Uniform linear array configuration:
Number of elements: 24
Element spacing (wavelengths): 1
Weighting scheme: blackman
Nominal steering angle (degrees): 60
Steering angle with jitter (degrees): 59.23
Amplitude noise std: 0.05
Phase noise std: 0.05

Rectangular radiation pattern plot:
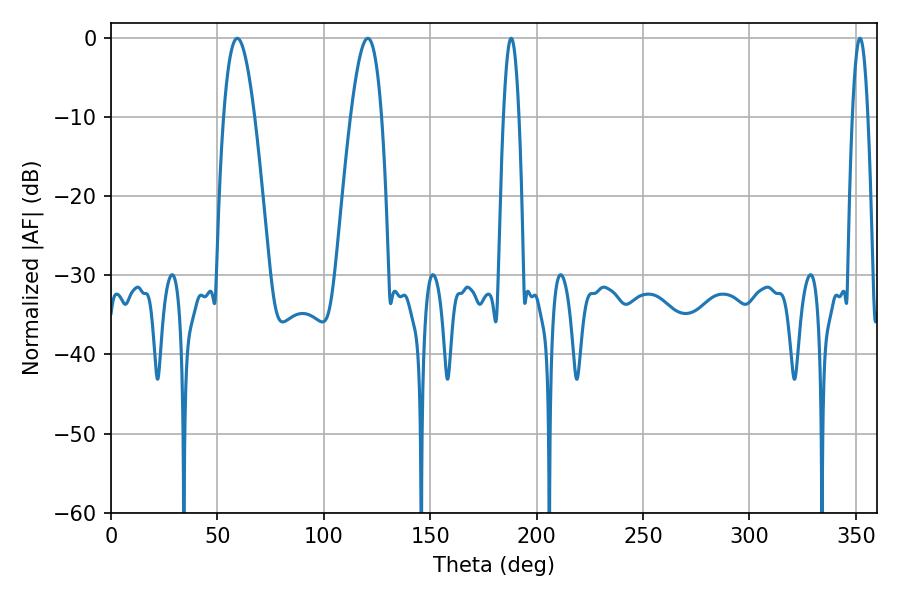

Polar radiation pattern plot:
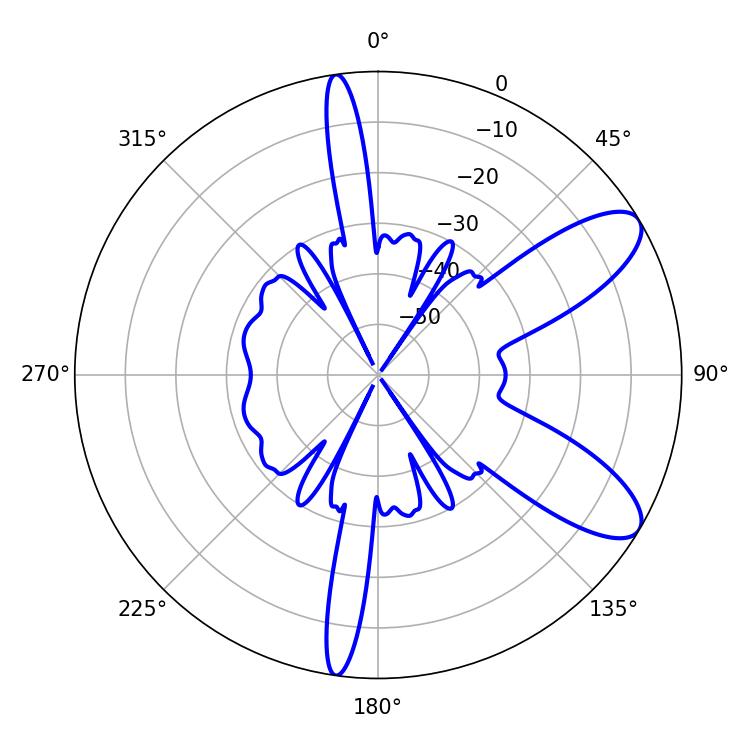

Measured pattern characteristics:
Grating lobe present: TRUE
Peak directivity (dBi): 9.254
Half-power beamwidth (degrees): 7.92
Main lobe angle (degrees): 59.4